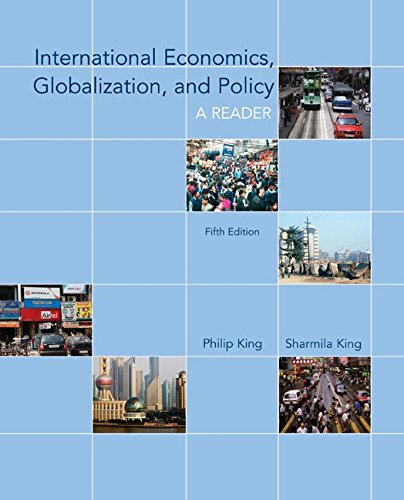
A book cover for International Economics, Globalization, and Policy: A Reader (McGraw-Hill Economics); Philip King; Business & Money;